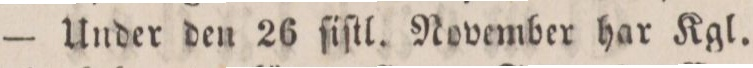
— Under den 26 ſiſtl. November har Kgl.